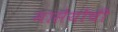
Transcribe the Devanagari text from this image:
मासेयोची